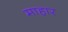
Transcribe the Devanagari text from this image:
माहार